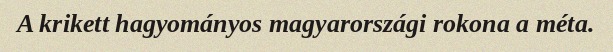
A krikett hagyományos magyarországi rokona a méta.